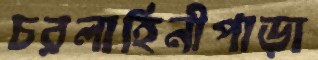
চরলাহিনীপাড়া